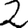
Digit: 2